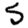
Digit: 5